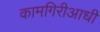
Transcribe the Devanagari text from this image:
कामगिरीआधी